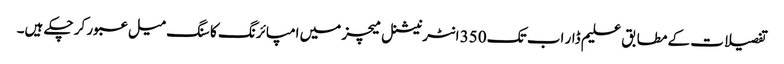
تفصیلات کے مطابق علیم ڈار اب تک 350 انٹرنیشنل میچز میں امپائرنگ کا سنگ میل عبور کر چکے ہیں۔